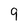
Character: 9